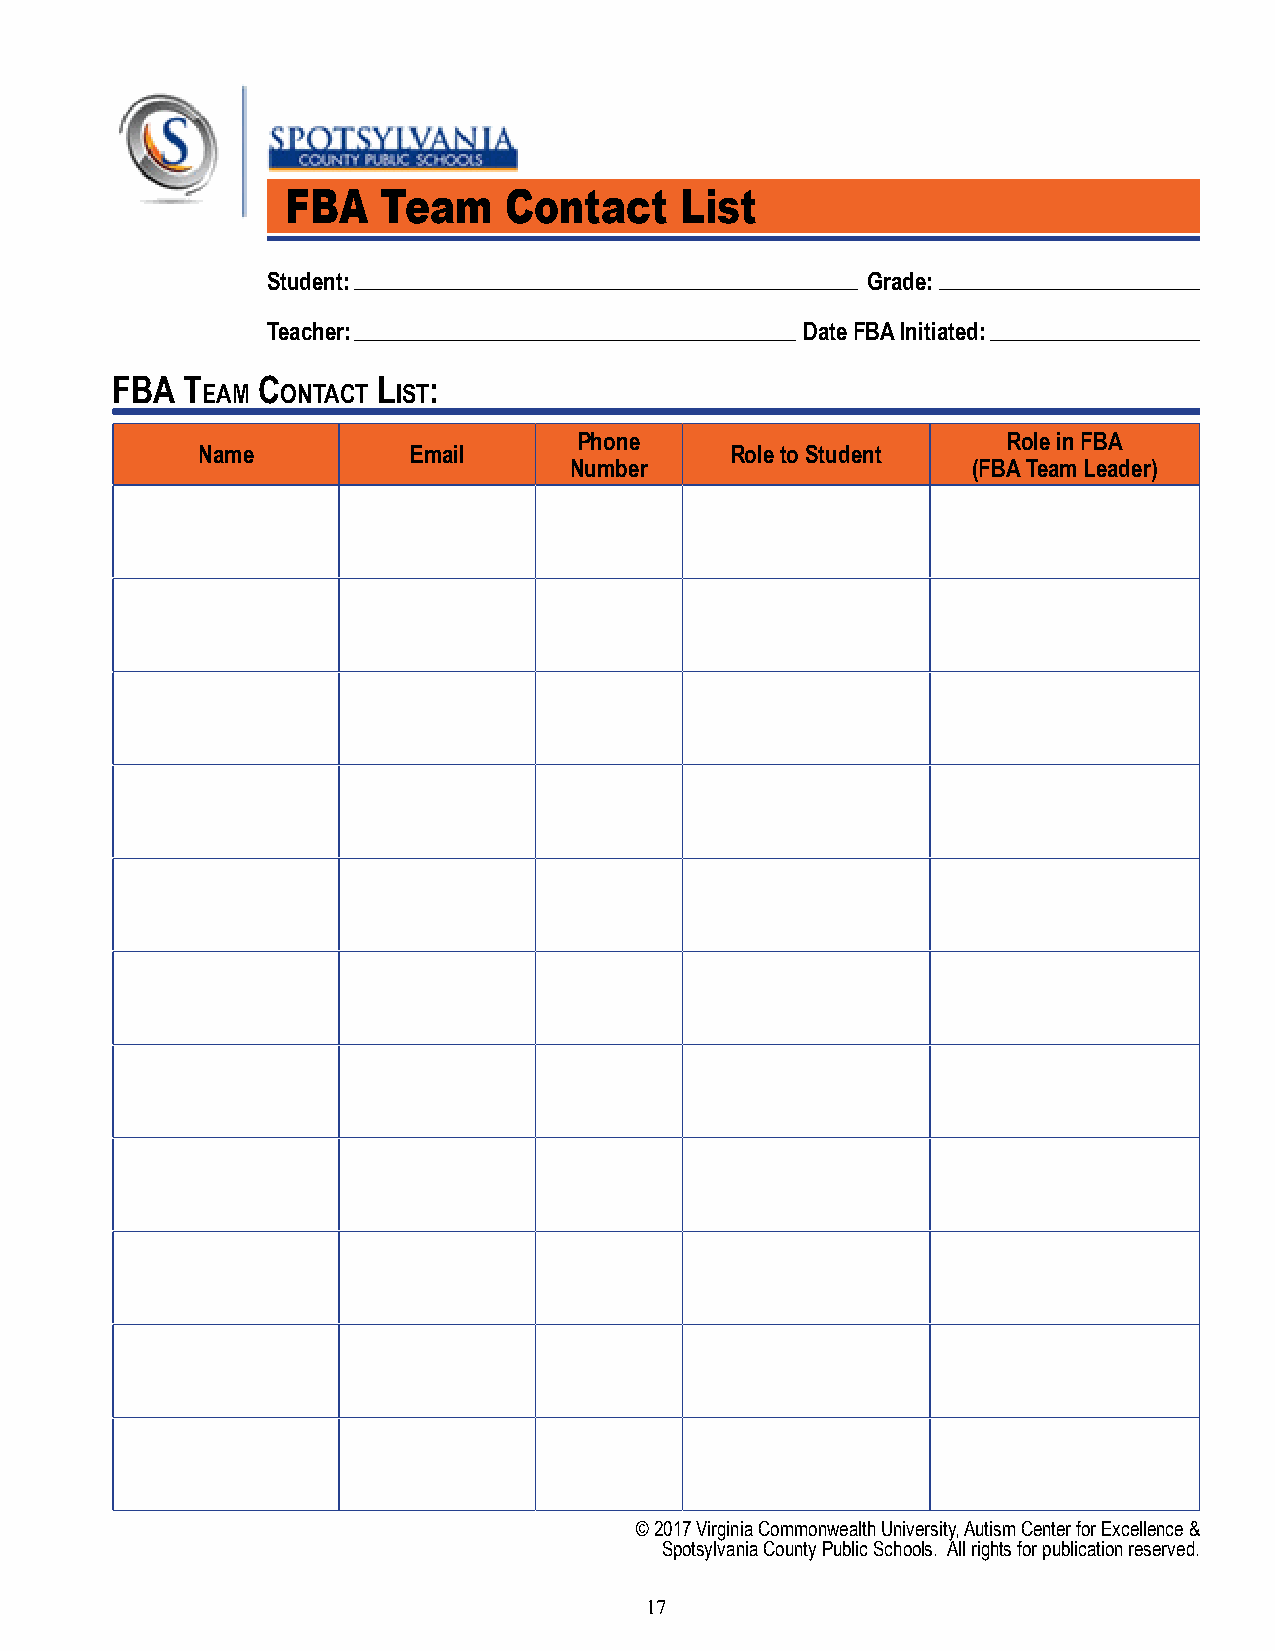
FBA   Team    Contact     List
 Student:                               Grade:
 Teacher:                           Date FBA Initiated:
 Fba  T    c       l  :
 eam   onTacT isT
 Phone                        Role in FBA
 Name          Email                Role to Student
 Number                    (FBA Team Leader)
 © 2017 Virginia Commonwealth University, Autism Center for Excellence &
 Spotsylvania County Public Schools. All rights for publication reserved.
 17